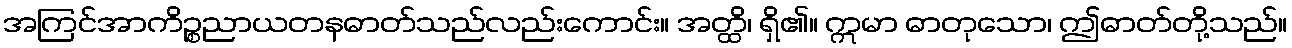
အကြင်အာကိဉ္စညာယတနဓာတ်သည်လည်းကောင်း။ အတ္ထိ၊ ရှိ၏။ ဣမာ ဓာတုသော၊ ဤဓာတ်တို့သည်။